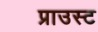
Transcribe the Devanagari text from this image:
प्राउस्ट